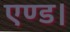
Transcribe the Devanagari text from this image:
एण्ड।